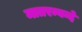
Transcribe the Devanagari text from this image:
मातरम्वन्दे